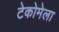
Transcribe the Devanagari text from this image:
टेकोमेला